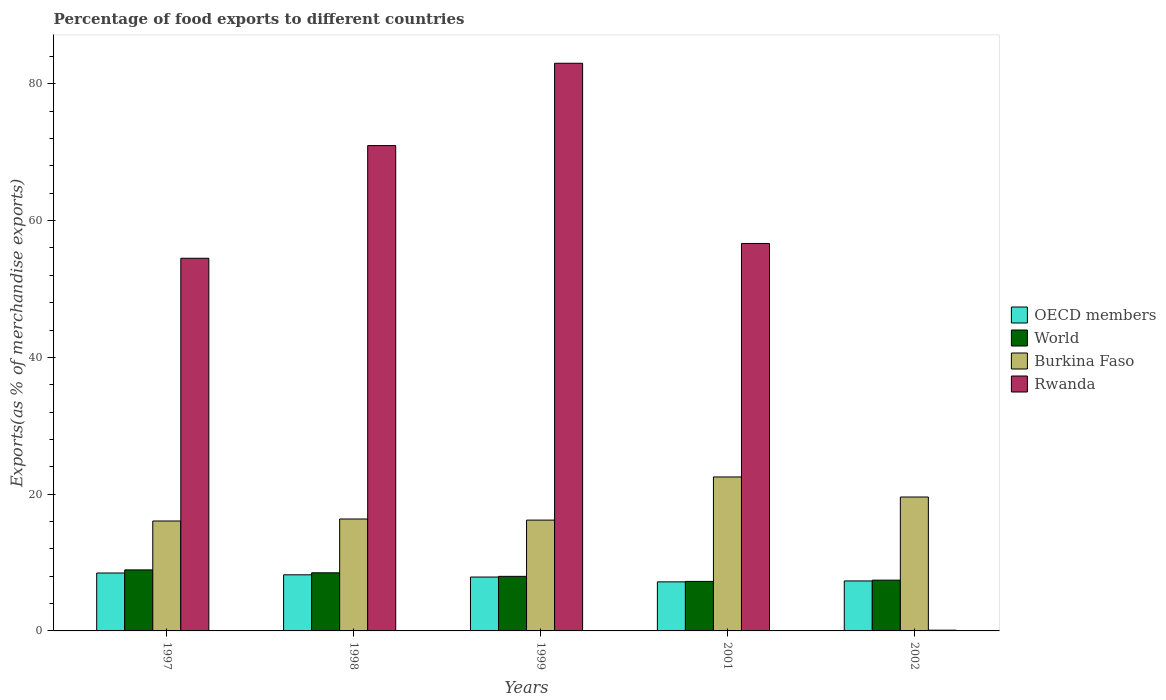
| Years | OECD members | World | Burkina Faso | Rwanda |
 | --- | --- | --- | --- | --- |
 | 1997 | 8.47 | 8.92 | 16.1 | 54.5 |
 | 1998 | 8.2 | 8.5 | 16.4 | 71 |
 | 1999 | 7.88 | 7.98 | 16.2 | 83 |
 | 2001 | 7.17 | 7.24 | 22.5 | 56.7 |
 | 2002 | 7.31 | 7.42 | 19.6 | 0.108 |